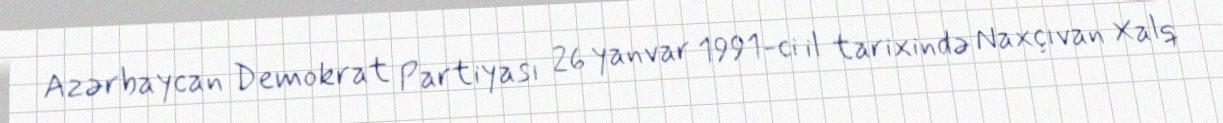
Azərbaycan Demokrat Partiyası 26 yanvar 1991-ci il tarixində Naxçıvan Xalq